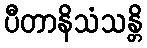
ပီတာနိသံသန္တိ